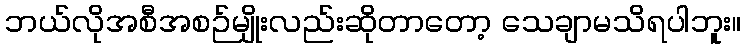
ဘယ်လိုအစီအစဉ်မျိုးလည်းဆိုတာတော့ သေချာမသိရပါဘူး။